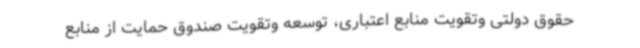
حقوق دولتی وتقویت منابع اعتباری، توسعه وتقویت صندوق حمایت از منابع